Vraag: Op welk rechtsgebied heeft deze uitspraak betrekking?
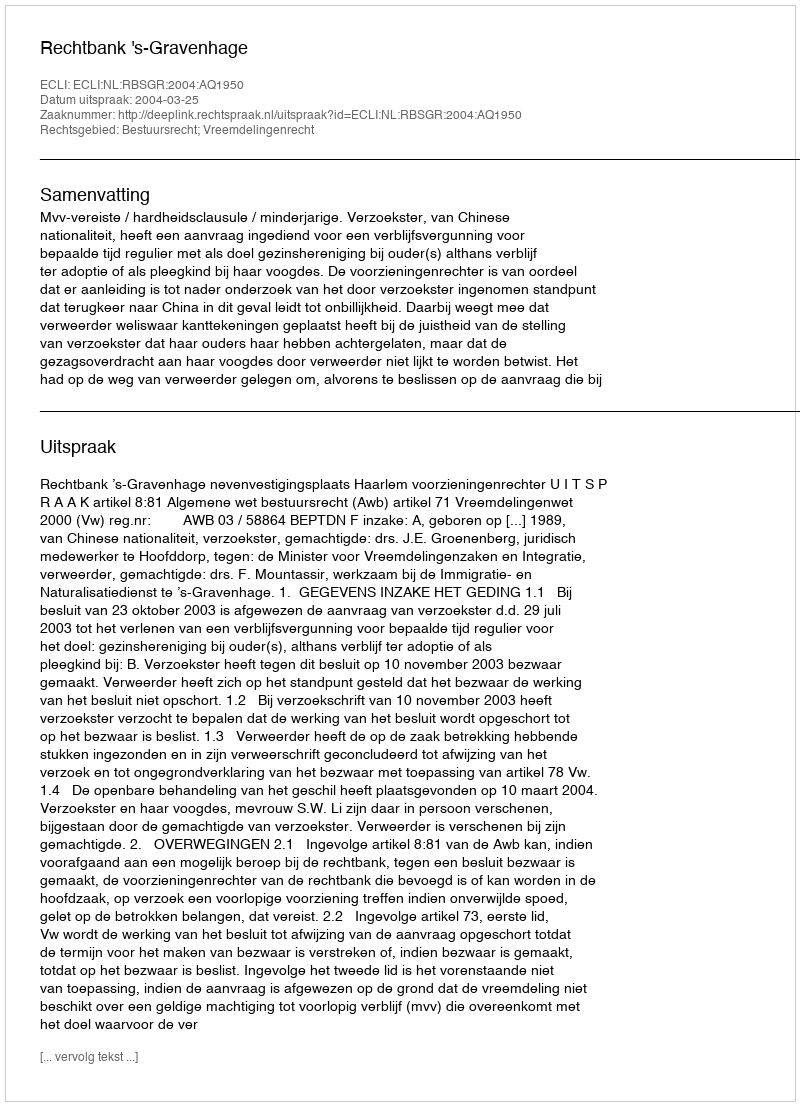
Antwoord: Bestuursrecht; Vreemdelingenrecht